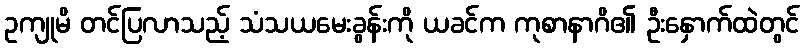
ဥကျုမိ တင်ပြလာသည့် သံသယမေးခွန်းကို ယခင်က ကုစာနာဂိ၏ ဦးနှောက်ထဲတွင်